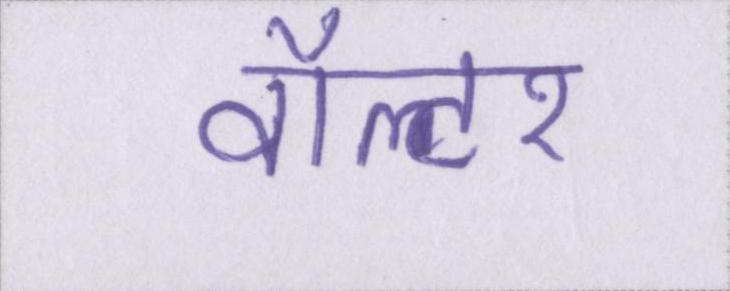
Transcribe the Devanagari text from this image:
वॉल्टर